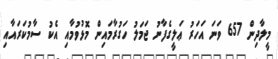
މީލާދިން 657 ވަނަ އަހަރު ޢަލީގެފާނު ޖަމަލު ހަގުރާމައިން މޮޅުވުމާއި އެކު ސާމުކަރައާއި